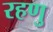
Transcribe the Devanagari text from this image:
रहणु